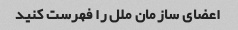
اعضای سازمان ملل را فهرست کنید